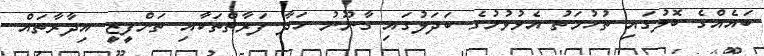
ބައެއްގެ ބޮލުގައި ތުހުމަތު އެޅުވުމުގެ ބަދަލުގައި ގާނޫނު ހަދާ ފަރާތްތަކާއި ތަންފީޒީ އިދާރާތައް